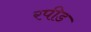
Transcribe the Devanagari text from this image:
रपीड